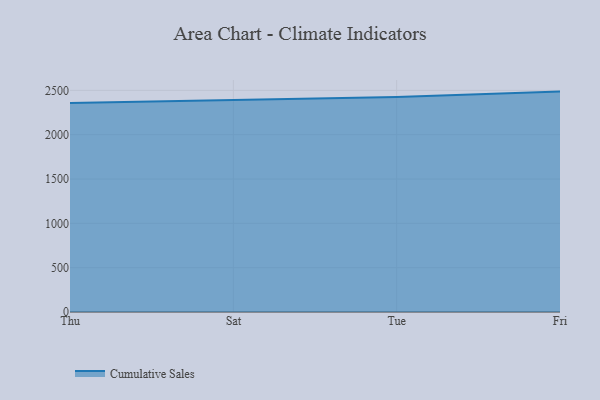
{"axis": {"x": "Day", "y": "Inventory Turnover"}, "legend": ["Cumulative Sales"], "data": [{"x": "Thu", "y": 2356.8, "type": "Cumulative Sales"}, {"x": "Sat", "y": 2393.4, "type": "Cumulative Sales"}, {"x": "Tue", "y": 2425.1, "type": "Cumulative Sales"}, {"x": "Fri", "y": 2486.2, "type": "Cumulative Sales"}]}